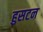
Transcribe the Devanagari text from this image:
हुसटन